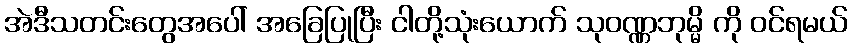
အဲဒီသတင်းတွေအပေါ် အခြေပြုပြီး ငါတို့သုံးယောက် သုဝဏ္ဏဘုမ္မိ ကို ဝင်ရမယ်